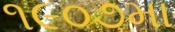
૧૯૦૭મા